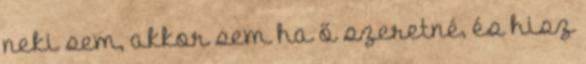
neki sem, akkor sem ha ő szeretné, és hisz